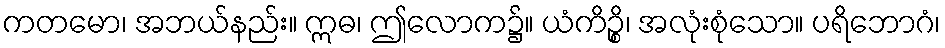
ကတမော၊ အဘယ်နည်း။ ဣဓ၊ ဤလောက၌။ ယံကိဉ္စိ၊ အလုံးစုံသော။ ပရိဘောဂံ၊